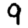
Digit: 9